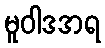
မူဝါဒအရ